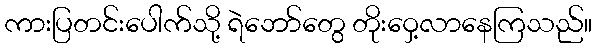
ကားပြတင်းပေါက်သို့ ရဲဘော်တွေ တိုးဝှေ့လာနေကြသည်။